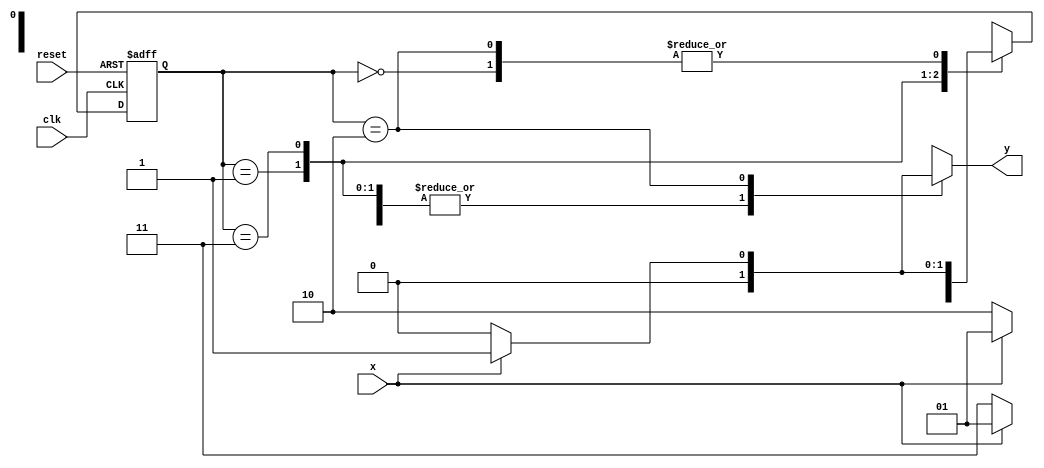
// ---------------------------------------- 
// Mealy1001
// Nome: Alvaro Henrique de Araujo Rungue 
// ----------------------------------------

// -------------- 
// --- Mealy FSM 
// -------------- 
/* 
					Mealy FSM Diagram 
					__________________ 
				/							   \ 
			1 v    1	 	0		        1 | // found 
		[start] ---> [id1] --->   [id11] ---> [id110] 
		   ^ \0    0 |     1 / ^      0 | // not found
			\_/       /      \__/   	  |
		    \_______/					    / 
			  \                        / 
			   \______________________/ 
*/ 


//-- constant definitions 
`define found 1 
`define notfound 0 

//-- FSM by Mealy 

module mealy1001 ( y, x, clk, reset ); 
output y; 
input x; 
input clk; 
input reset; 
reg y; 

parameter //-- state identifiers 

start = 2'b00, 
id1 = 2'b01, 
id11 = 2'b11, 
id110 = 2'b10; 

reg [1:0] E1; //-- current state variables 
reg [1:0] E2; //-- next state logic output 

//-- next state logic 

always @( x or E1 ) 

begin 
	y = `notfound; 

case ( E1 ) 

start: 

if ( x ) 
	E2 = id1; //-- Achou 1
else 
	E2 = start; 
	
id1: 

if ( x ) 
	E2 = id1; 
else 
	E2 = id11; //-- Achou 0 ate aqui 10

id11: 

if ( x ) 
	E2 = id1; 
else 
	E2 = id110; //-- Achou 0 ate 100

id110: 

if ( x ) 

begin 
	E2 = id1; 
	y = `found; //--achou 0 1 ate aqui 1001
end 
//-- Caso nao seja 1 volta no comeco
else 
	begin 
	E2 = start; 
	y = `notfound; 
end 

default: //-- undefined state 

E2 = 2'bxx; 

endcase 

end //-- always at signal or state changing 
//-- state variables 

always @( posedge clk or negedge reset ) 

	begin 
if ( reset ) 
	E1 = E2; //-- updates current state 
else 
	E1 = 0; //-- reset 
	end // always at signal changing 

endmodule //-- mealy1001